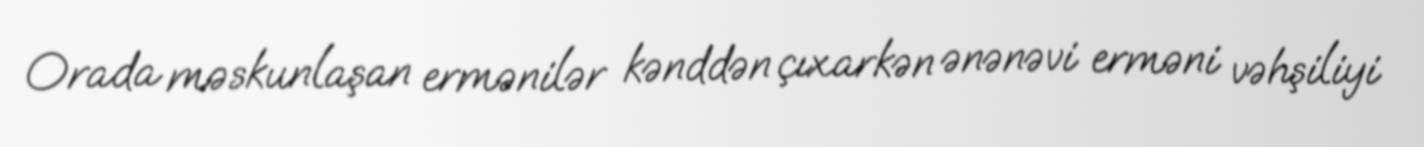
Orada məskunlaşan ermənilər kənddən çıxarkən ənənəvi erməni vəhşiliyi